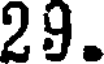
29.